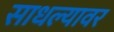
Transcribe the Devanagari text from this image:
साधल्यावर